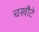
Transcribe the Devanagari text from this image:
चखौटे